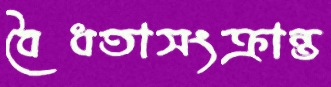
বৈধতাসংক্রান্ত